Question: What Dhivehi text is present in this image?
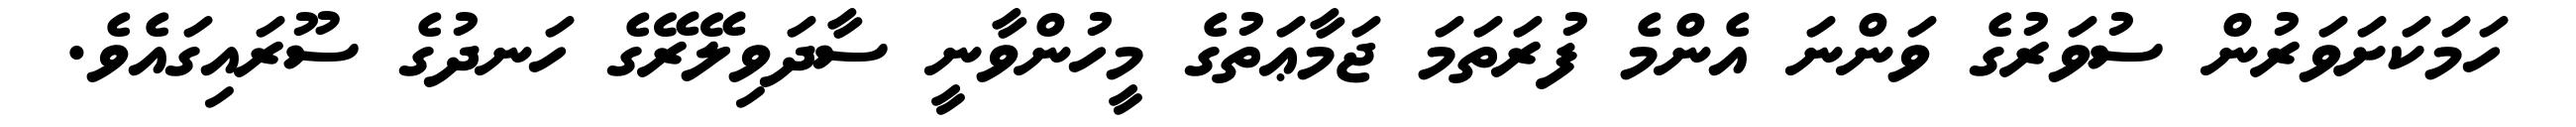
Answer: ހަމަކަށަވަރުން ސުވަރުގެ ވަންނަ އެންމެ ފުރަތަމަ ޖަމާޢަތުގެ މީހުންވާނީ ސާދަވިލޭރޭގެ ހަނދުގެ ސޫރައިގައެވެ.